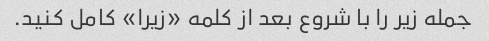
جمله زیر را با شروع بعد از کلمه «زیرا» کامل کنید.